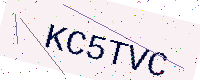
Text: KC5TVC